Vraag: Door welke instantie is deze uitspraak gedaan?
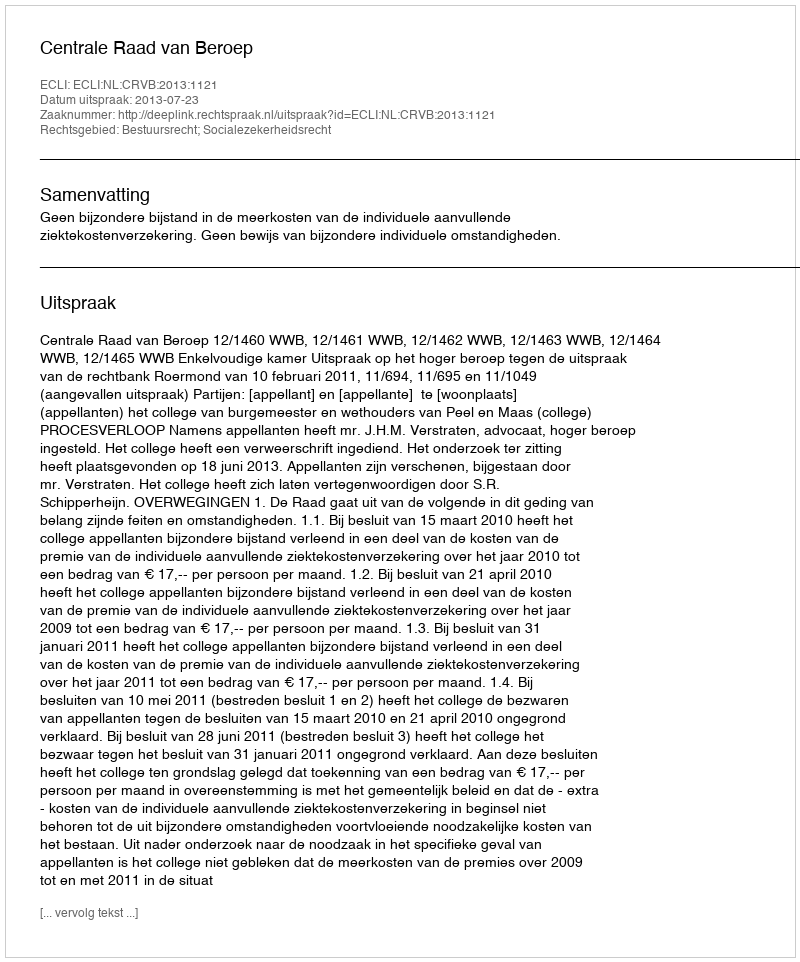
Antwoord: Centrale Raad van Beroep